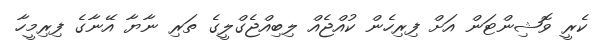
ކެރީ ވޮޝިންޓަން އަށް ފިރިހެން ކުއްޖެއް ލިބިއްޖެގްލީގެ ތަރި ނާޔާ އޭނާގެ ފިރިމީހާ